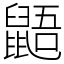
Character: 鼯